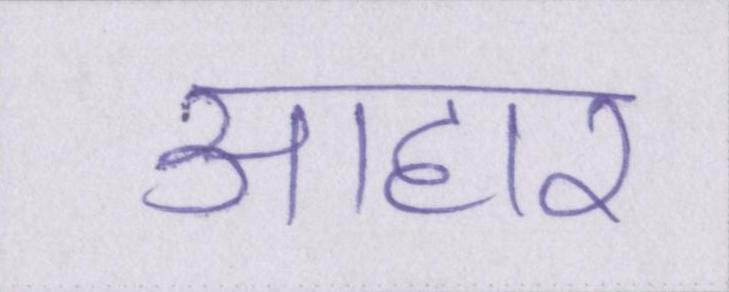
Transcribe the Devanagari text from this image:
आहार